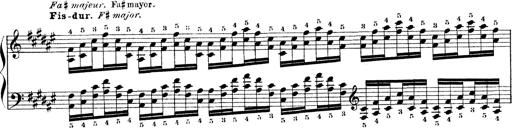
Title: Technische Studien
Composer: Franz Liszt